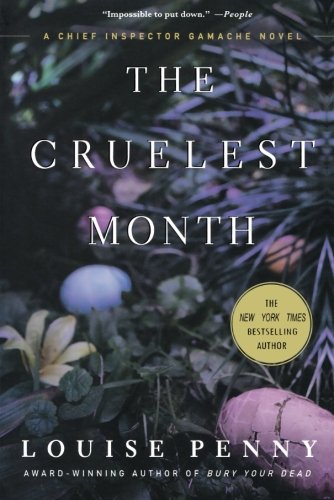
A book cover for The Cruelest Month: A Chief Inspector Gamache Novel; Louise Penny; Mystery, Thriller & Suspense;